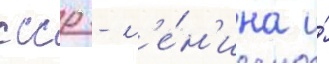
ссср - л'е́н'ина и́